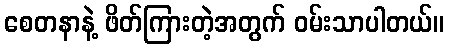
စေတနာနဲ့ ဖိတ်ကြားတဲ့အတွက် ဝမ်းသာပါတယ်။